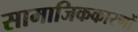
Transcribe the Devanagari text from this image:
सामाजिककारणों